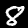
Label: 8